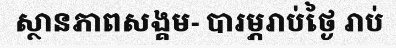
ស្ថានភាពសង្គម- បារម្ភរាប់ថ្ងៃ រាប់